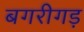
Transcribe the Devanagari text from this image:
बगरीगड़